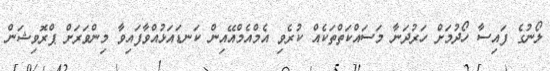
ލޯނުގެ ފައިސާ ހޯދުމަށް ހަރުދަނާ މަސައްކަތްތަކެއް ކުރެވި އެމްއެމްއޭއިން ކަނޑައަޅުއްވާފައިވާ މިންވަރަށް ޕްރޮވިޝަން